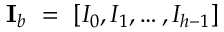
\mathbf { I } _ { b } ~ = ~ \left[ I _ { 0 } , I _ { 1 } , \ldots , I _ { h - 1 } \right]